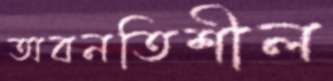
অবনতিশীল